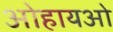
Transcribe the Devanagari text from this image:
ओहायओ